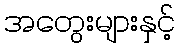
အတွေးများနှင့်